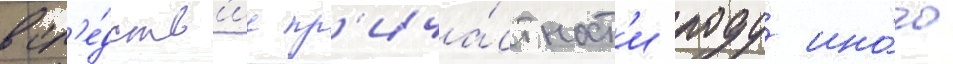
всл'е́дств'ие пр'ича́стност'и роду ино́го